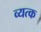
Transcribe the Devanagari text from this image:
व्यत्क